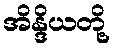
အိန္ဒိယတို့